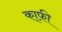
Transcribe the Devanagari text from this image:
का्फ़ी